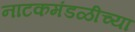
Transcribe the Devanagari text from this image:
नाटकमंडळीच्या